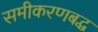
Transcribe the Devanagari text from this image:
समीकरणबद्ध